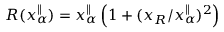
R ( x _ { \alpha } ^ { \parallel } ) = x _ { \alpha } ^ { \parallel } \left( 1 + ( x _ { R } / x _ { \alpha } ^ { \parallel } ) ^ { 2 } \right)